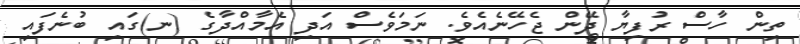
ތިން ހާސް ރުފިޔާ ދޭން ޖެހޭނެއެވެ. ނަމަވެސް އަދި އެމާއްދާގެ (ނ)ގައި ބުނެފައި